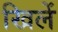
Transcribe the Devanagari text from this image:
खिलें